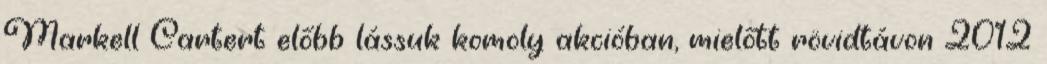
Markell Cartert előbb lássuk komoly akcióban, mielőtt rövidtávon 2012